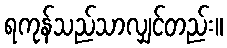
ရကုန်သည်သာလျှင်တည်း။